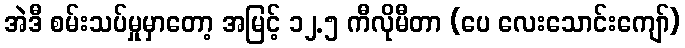
အဲဒီ စမ်းသပ်မှုမှာတော့ အမြင့် ၁၂.၅ ကီလိုမီတာ (ပေ လေးသောင်းကျော်)